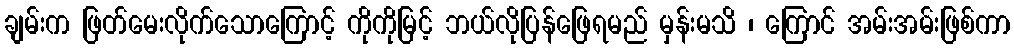
ချမ်းက ဖြတ်မေးလိုက်သောကြောင့် ကိုကိုမြင့် ဘယ်လိုပြန်ဖြေရမည် မှန်းမသိ ၊ ကြောင် အမ်းအမ်းဖြစ်ကာ